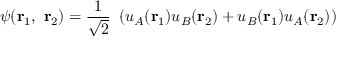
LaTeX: \psi ( \mathbf { r } _ { 1 } , \, \, \mathbf { r } _ { 2 } ) = { \frac { 1 } { \sqrt { 2 } } } \, \, \left( u _ { A } ( \mathbf { r } _ { 1 } ) u _ { B } ( \mathbf { r } _ { 2 } ) + u _ { B } ( \mathbf { r } _ { 1 } ) u _ { A } ( \mathbf { r } _ { 2 } ) \right)